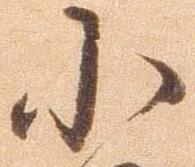
小